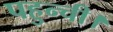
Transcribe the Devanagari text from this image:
पहुन्ची।